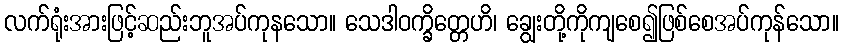
လက်ရုံးအားဖြင့်ဆည်းဘူအပ်ကုနသော။ သေဒါဝက္ခိတ္တေဟိ၊ ချွေးတို့ကိုကျစေ၍ဖြစ်စေအပ်ကုန်သော။